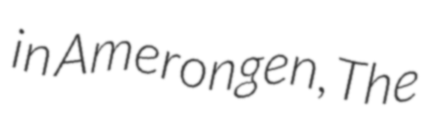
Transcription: in Amerongen, The